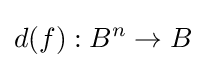
d(f):B^{n}\to B